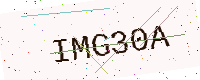
Text: IMG30A